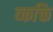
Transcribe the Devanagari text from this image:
व्कक्ति